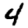
Digit: 4